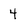
Character: 4